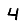
Digit: 4